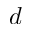
d